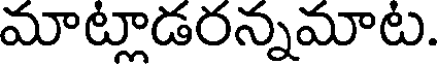
మాట్లాడరన్నమాట.